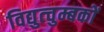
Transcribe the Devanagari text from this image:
विद्युत्चुम्बकों